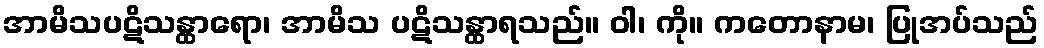
အာမိသပဋိသန္ထာရော၊ အာမိသ ပဋိသန္ထာရသည်။ ဝါ၊ ကို။ ကတောနာမ၊ ပြုအပ်သည်